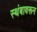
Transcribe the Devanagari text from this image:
स्थंबावरून